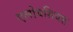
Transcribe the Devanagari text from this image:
एलोयसियस